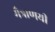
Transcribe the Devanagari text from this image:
मैत्राणयी